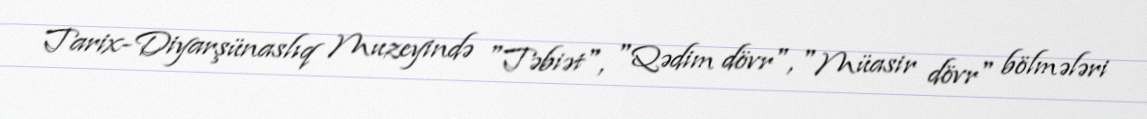
Tarix-Diyarşünaslıq Muzeyində "Təbiət", "Qədim dövr", "Müasir dövr" bölmələri